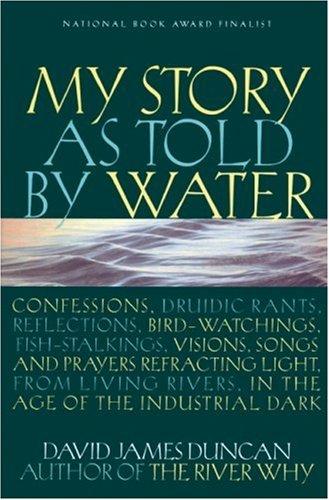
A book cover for My Story as Told by Water: Confessions, Druidic Rants, Reflections, Bird-watchings, Fish-stalkings, Visions, Songs and Prayers Refracting Light, From Living Rivers, in the Age of the Industrial Dark; David James Duncan; Business & Money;